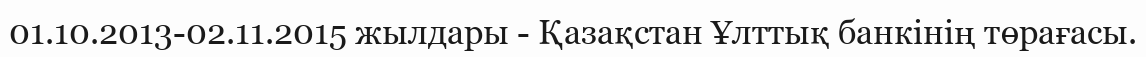
01.10.2013-02.11.2015 жылдары - Қазақстан Ұлттық банкінің төрағасы.